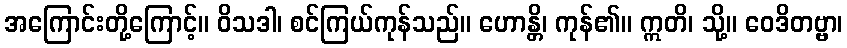
အကြောင်းတို့ကြောင့်။ ဝိသဒါ၊ စင်ကြယ်ကုန်သည်။ ဟောန္တိ၊ ကုန်၏။ ဣတိ၊ သို့။ ဝေဒိတဗ္ဗာ၊